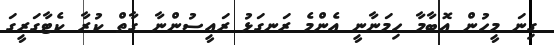
ގިނަ މީހުން އޮބާމާ ހިމަނާނީ އެންމެ ރަނގަޅު ރައީސުންނާ ގާތް ކުރާ ކެޓާގަރީގަ